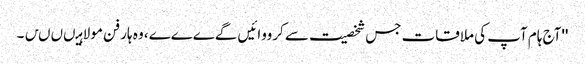
''آج ہام آپ کی ملاقات جس شخصیت سے کرووائیں گےےےے، وہ ہار فن مولا ہیںںںں۔